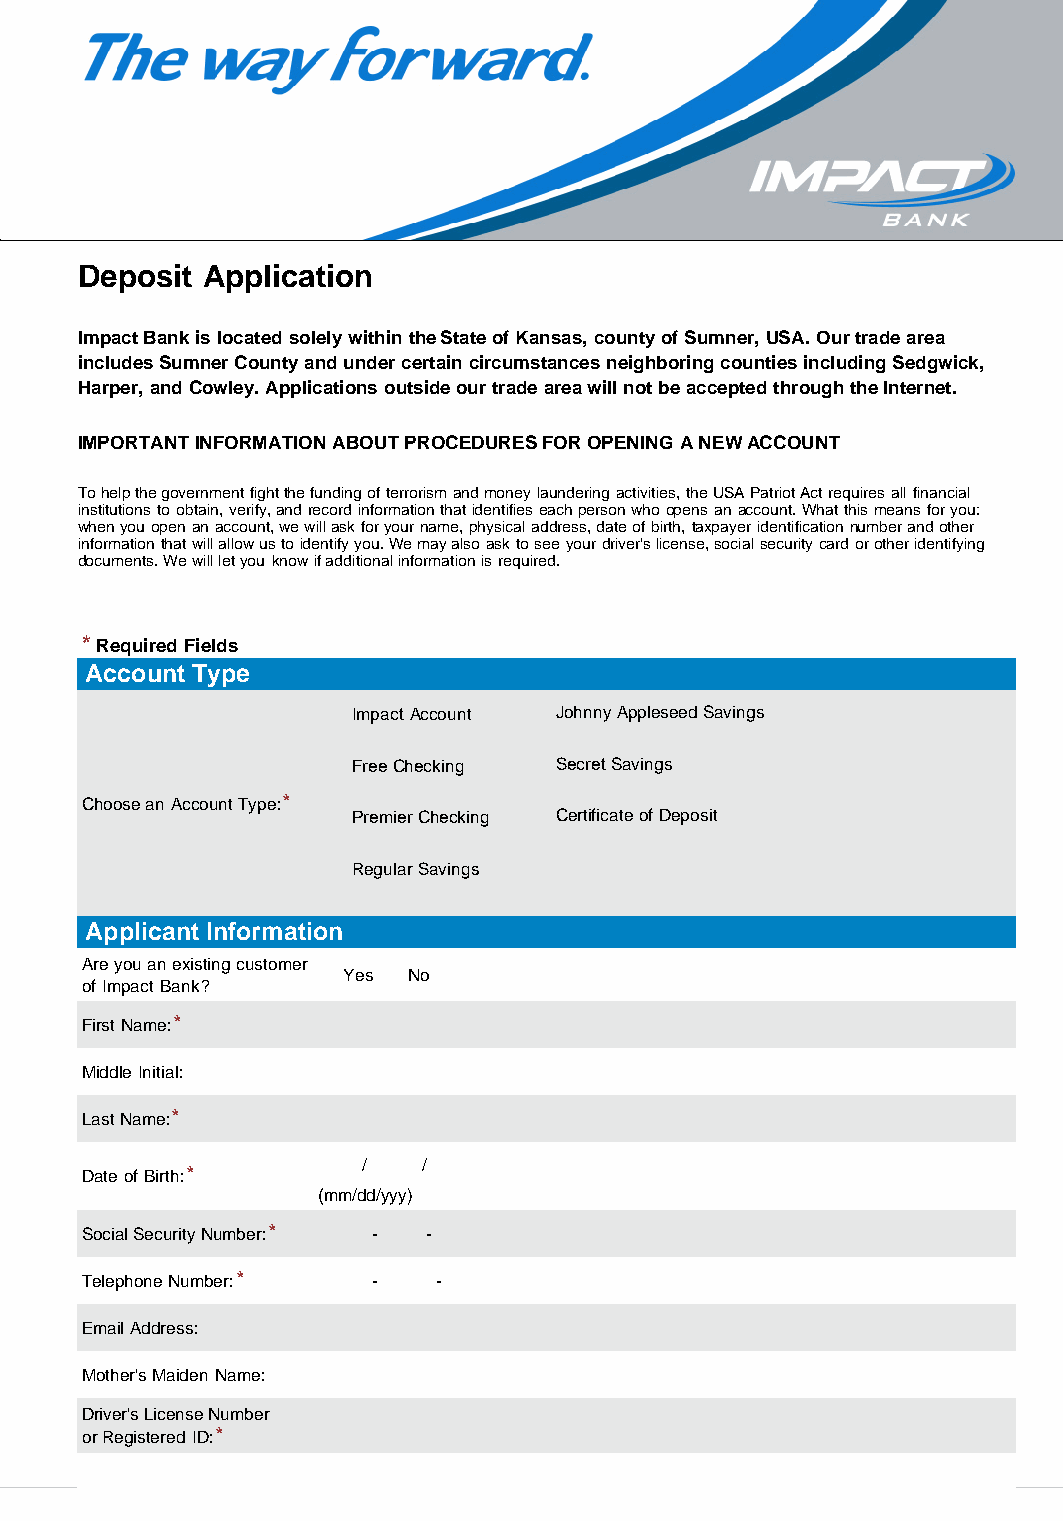
Impact Bank Deposit Application
 Deposit Application
 Impact Bank is located solely within the State of Kansas, county of Sumner, USA. Our trade area
 includes Sumner County and under certain circumstances neighboring counties including Sedgwick,
 Harper, and Cowley. Applications outside our trade area will not be accepted through the Internet.
 IMPORTANT INFORMATION ABOUT PROCEDURES FOR OPENING A NEW ACCOUNT
 To help the government fight the funding of terrorism and money laundering activities, the USA Patriot Act requires all financial
 institutions to obtain, verify, and record information that identifies each person who opens an account. What this means for you:
 when you open an account, we will ask for your name, physical address, date of birth, taxpayer identification number and other
 information that will allow us to identify you. We may also ask to see your driver's license, social security card or other identifying
 documents. We will let you know if additional information is required.
 * Required Fields
 Account Type
 Impact Account Johnny Appleseed Savings
 Free Checking Secret Savings
 Choose an Account Type:*
 Premier Checking Certificate of Deposit
 Regular Savings
 Applicant Information
 Are you an existing customer
 Yes No
 of Impact Bank?
 First Name:*
 Middle Initial:
 Last Name:*
 /   /
 Date of Birth:*
 (mm/dd/yyy)
 Social Security Number:* - -
 Telephone Number:*  -   -
 Email Address:
 Mother's Maiden Name:
 Driver's License Number
 or Registered ID:*